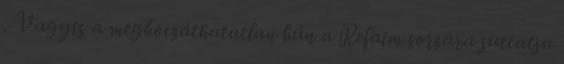
. Vagyis a megbocsáthatatlan bűn a Refaim sorsára juttatja